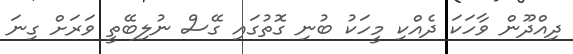
ދިއްދޫން ވާހަކަ ދެއްކި މީހަކު ބުނި ގޮތުގައި ގޭސް ނުލިބޭތީ ވަރަށް ގިނަ